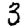
Digit: 3